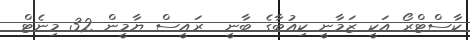
ކާސްޓްރޯ އަކީ ޒަމާނީ ކިއުބާގެ ބާނީ  ރައީސް ޔާމީން 32 މިނެޓް